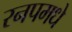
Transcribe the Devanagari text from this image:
रनपमधे